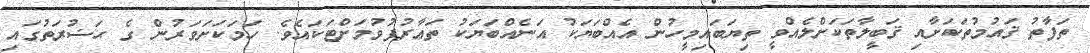
ތަފާތު ޤައުމުތަކަށާއި ޤަބީލާތަކަށްލެއްވީ ތިޔަބައިމީހުން އެއްބަޔަކު އަނެއްބަޔަކު ތަޢާރުފުވުމަށްޓަކައެވެ. ހަމަކަށަވަރުން ގެ ޙަޟުރަތުގައި